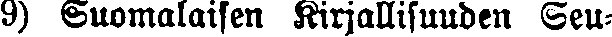
9) Suomalaisen Kirjallisuuden Seu-